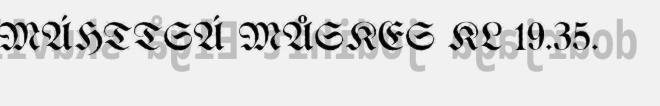
MÁHTTSÁ MÅSKES KL 19.35.